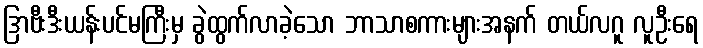
ဒြာဗီးဒီးယန်းပင်မကြီးမှ ခွဲထွက်လာခဲ့သော ဘာသာစကားများအနက် တယ်လဂူ လူဦးရေ